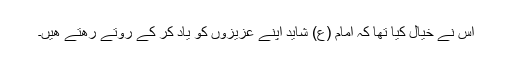
اس نے خیال کیا تھا کہ امام (ع) شاید اپنے عزیزوں کو یاد کر کے روتے رھتے ھیں۔